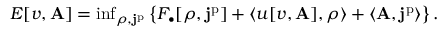
\begin{array} { r } { E [ v , \mathbf { A } ] = \operatorname* { i n f } _ { \rho , \mathbf { j } ^ { \mathrm { p } } } \left\{ F _ { \bullet } [ \rho , \mathbf { j } ^ { \mathrm { p } } ] + \langle u [ v , \mathbf { A } ] , \rho \rangle + \langle \mathbf { A } , \mathbf { j } ^ { \mathrm { p } } \rangle \right\} . } \end{array}